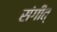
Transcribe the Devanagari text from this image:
संगीत्